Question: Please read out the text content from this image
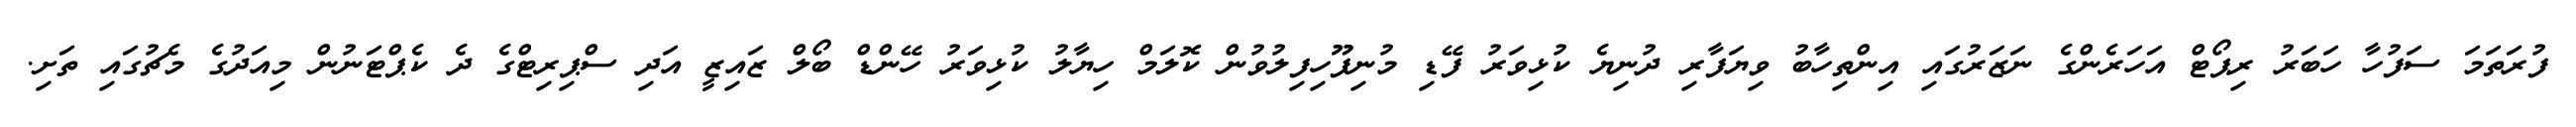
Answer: ފުރަތަމަ ސަފުހާ ހަބަރު ރިޕޯޓް އަހަރެންގެ ނަޒަރުގައި އިންތިހާބު ވިޔަފާރި ދުނިޔެ ކުޅިވަރު ފޭޑި މުނިފޫހިފިލުވުން ކޮލަމް ހިޔާލު ކުޅިވަރު ހޭންޑް ބޯލް ޒައިޒީ އަދި ސްޕިރިޓްގެ ދެ ކެޕްޓަނުން މިއަދުގެ މެޗުގައި ތަށި.